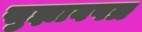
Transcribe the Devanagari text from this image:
सुझावपत्र